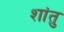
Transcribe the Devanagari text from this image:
शांतु